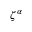
\zeta ^ { \alpha }